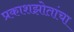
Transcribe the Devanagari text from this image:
प्रकाशझोतांचा